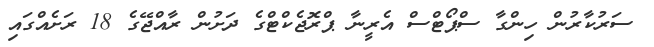
ސަރުކާރުން ހިންގާ ސްޕޯޓްސް އެރީނާ ޕްރޮޖެކްޓްގެ ދަށުން ރާއްޖޭގެ 18 ރަށެއްގައި